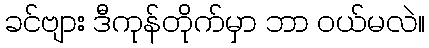
ခင်ဗျား ဒီကုန်တိုက်မှာ ဘာ ဝယ်မလဲ။